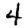
Digit: 4